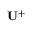
{ { \bf U } } ^ { + }